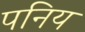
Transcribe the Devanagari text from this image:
पनिय